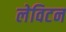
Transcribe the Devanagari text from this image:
लेविटन